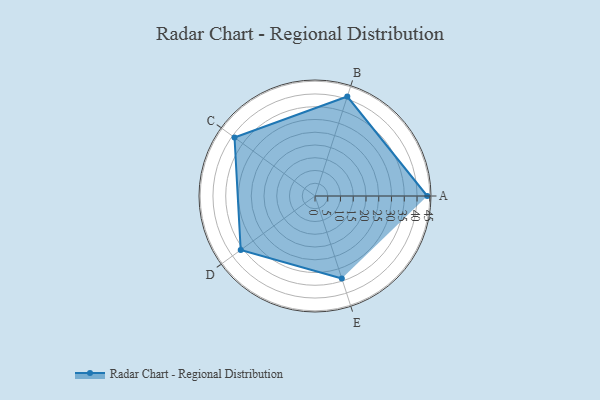
{"axis": {"x": "Skill", "y": "Score"}, "legend": ["Profile"], "data": [{"x": "A", "y": 44.0, "type": "Profile"}, {"x": "B", "y": 41.0, "type": "Profile"}, {"x": "C", "y": 39.0, "type": "Profile"}, {"x": "D", "y": 36.0, "type": "Profile"}, {"x": "E", "y": 34.0, "type": "Profile"}]}